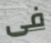
فى